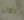
الآن